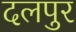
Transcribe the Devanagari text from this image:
दलपुर